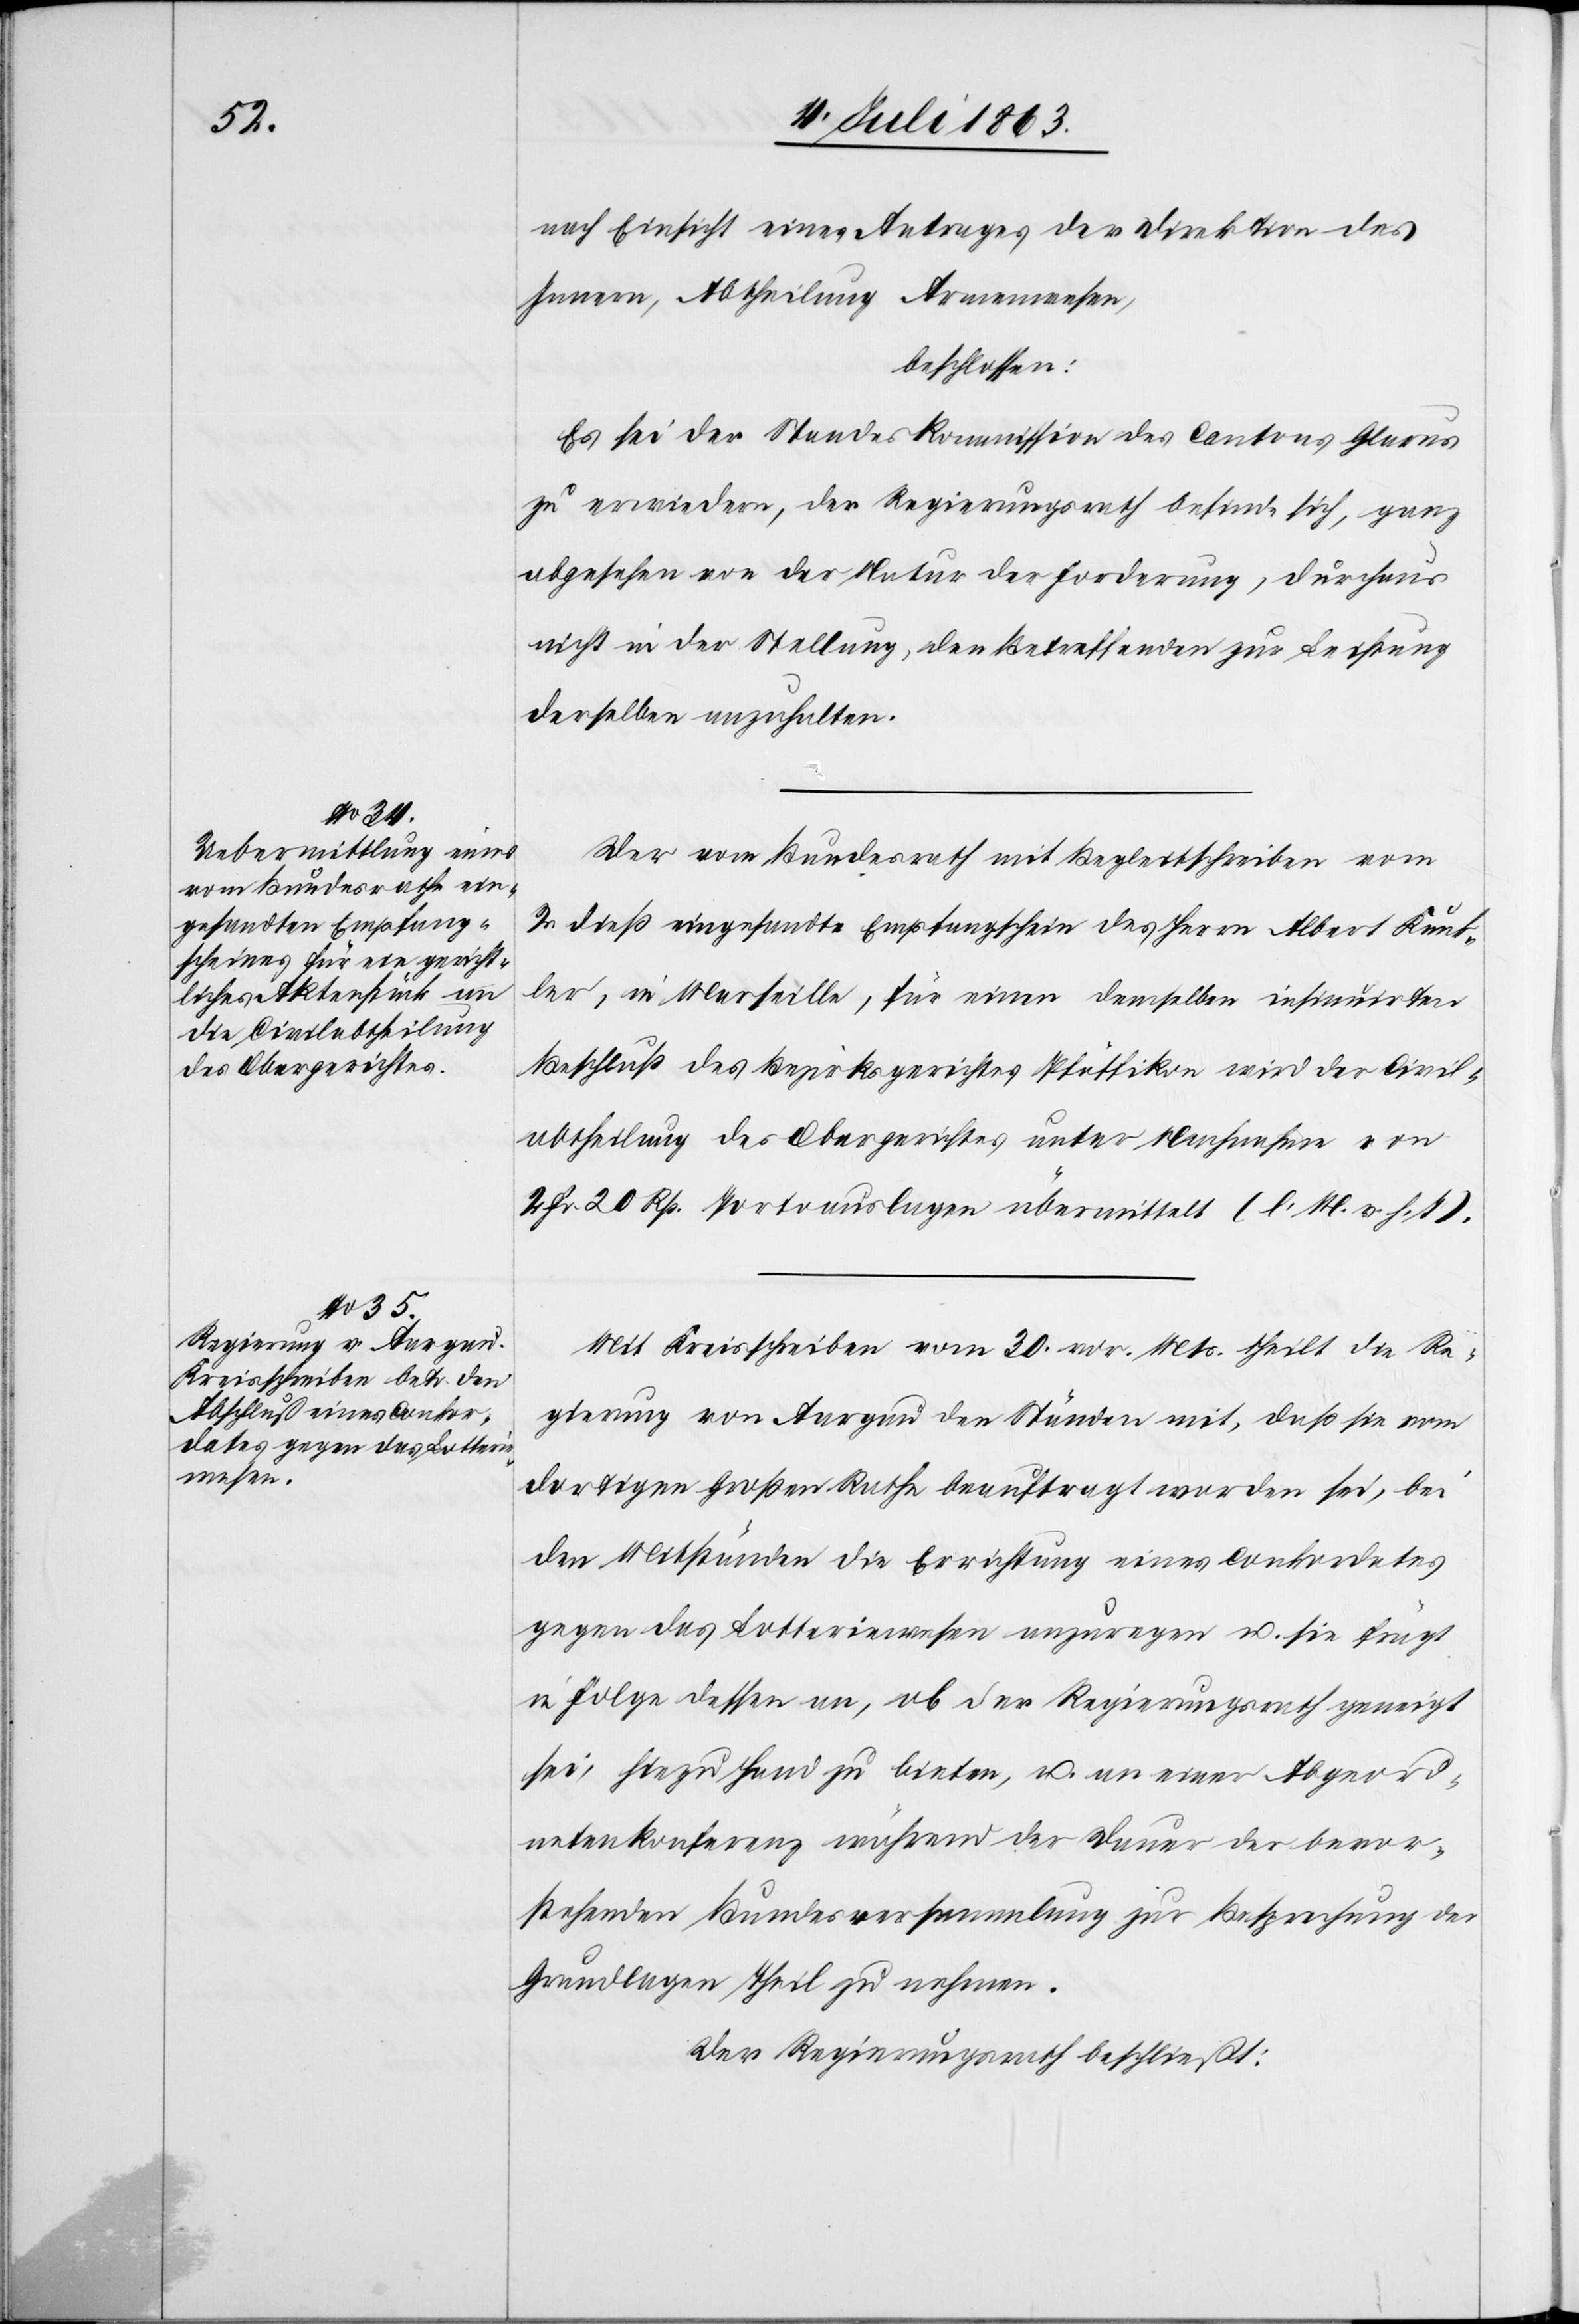
nach Einsicht eines Antrages der Direktion des
Innern, Abtheilung Armenwesen,
beschlossen:
Es sei der Standeskommission des Cantons Glarus
zu erwiedern, der Regierungsrath befinde sich, ganz
abgesehen von der Natur der Forderung, durchaus
nicht in der Stellung, den Betreffenden zur Leistung
derselben anzuhalten.
Der vom Bundesrath mit Begleitschreiben vom
2. dieß eingesandte Empfangschein des Herrn Albert Kunk¬
ler, in Marseille, für einen demselben insinuirten
Beschluß des Bezirksgerichtes Pfäffikon wird der Civil¬
abtheilung des Obergerichtes unter Nachnahme von
2 Fr. 20 Rp. Portoauslagen übermittelt (l. M. v. h. T).
Mit Kreisschreiben vom 30. vor. Mts. theilt die Re¬
gierung von Aargau den Ständen mit, daß sie vom
dortigen Großen Rathe beauftragt worden sei, bei
den Mitständen die Errichtung eines Conkordates
gegen das Lotteriewesen anzuregen u. sie frägt
in Folge dessen an, ob der Regierungsrath geneigt
sei, hiezu Hand zu bieten, u. an einer Abgeord¬
netenkonferenz während der Dauer der bevor¬
stehenden Bundesversammlung zur Besprechung der
Grundlagen Theil zu nehmen.
Der Regierungsrath beschließt: